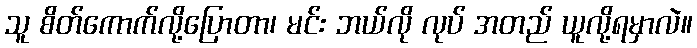
သူ စိတ်ကောက်လို့ပြောတာ၊ မင်း ဘယ်လို လုပ် အတည် ယူလို့ရမှာလဲ။